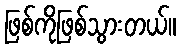
ဖြစ်ကိုဖြစ်သွားတယ်။